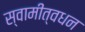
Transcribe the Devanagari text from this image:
स्वामीत्वधन